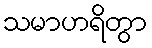
သမာဟရိတွာ